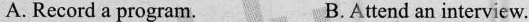
A. Record a program. B.Attend an interview.